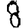
Digit: 8